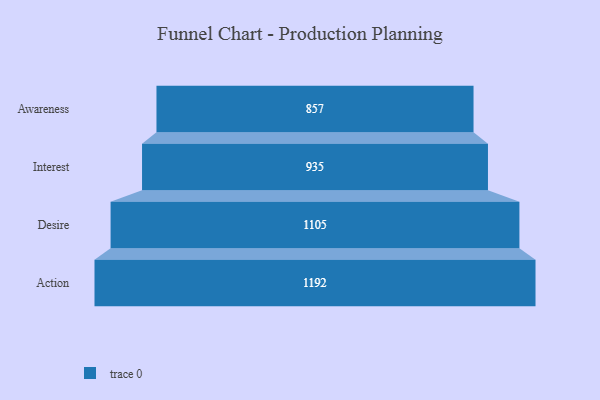
{"axis": {"x": "Stage", "y": "Value"}, "legend": [""], "data": [{"x": "Awareness", "y": 857.0, "type": ""}, {"x": "Interest", "y": 935.0, "type": ""}, {"x": "Desire", "y": 1105.0, "type": ""}, {"x": "Action", "y": 1192.0, "type": ""}]}